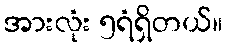
အားလုံး ၅ရံရှိတယ်။